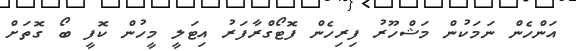
އަންހެން ނަމަކުން މަޝްހޫރު ފިރިހެން ފޮޓޯގްރާފަރު އިޓަލީ މީހުން ކޮފީ ބޯ ގޮތަށް